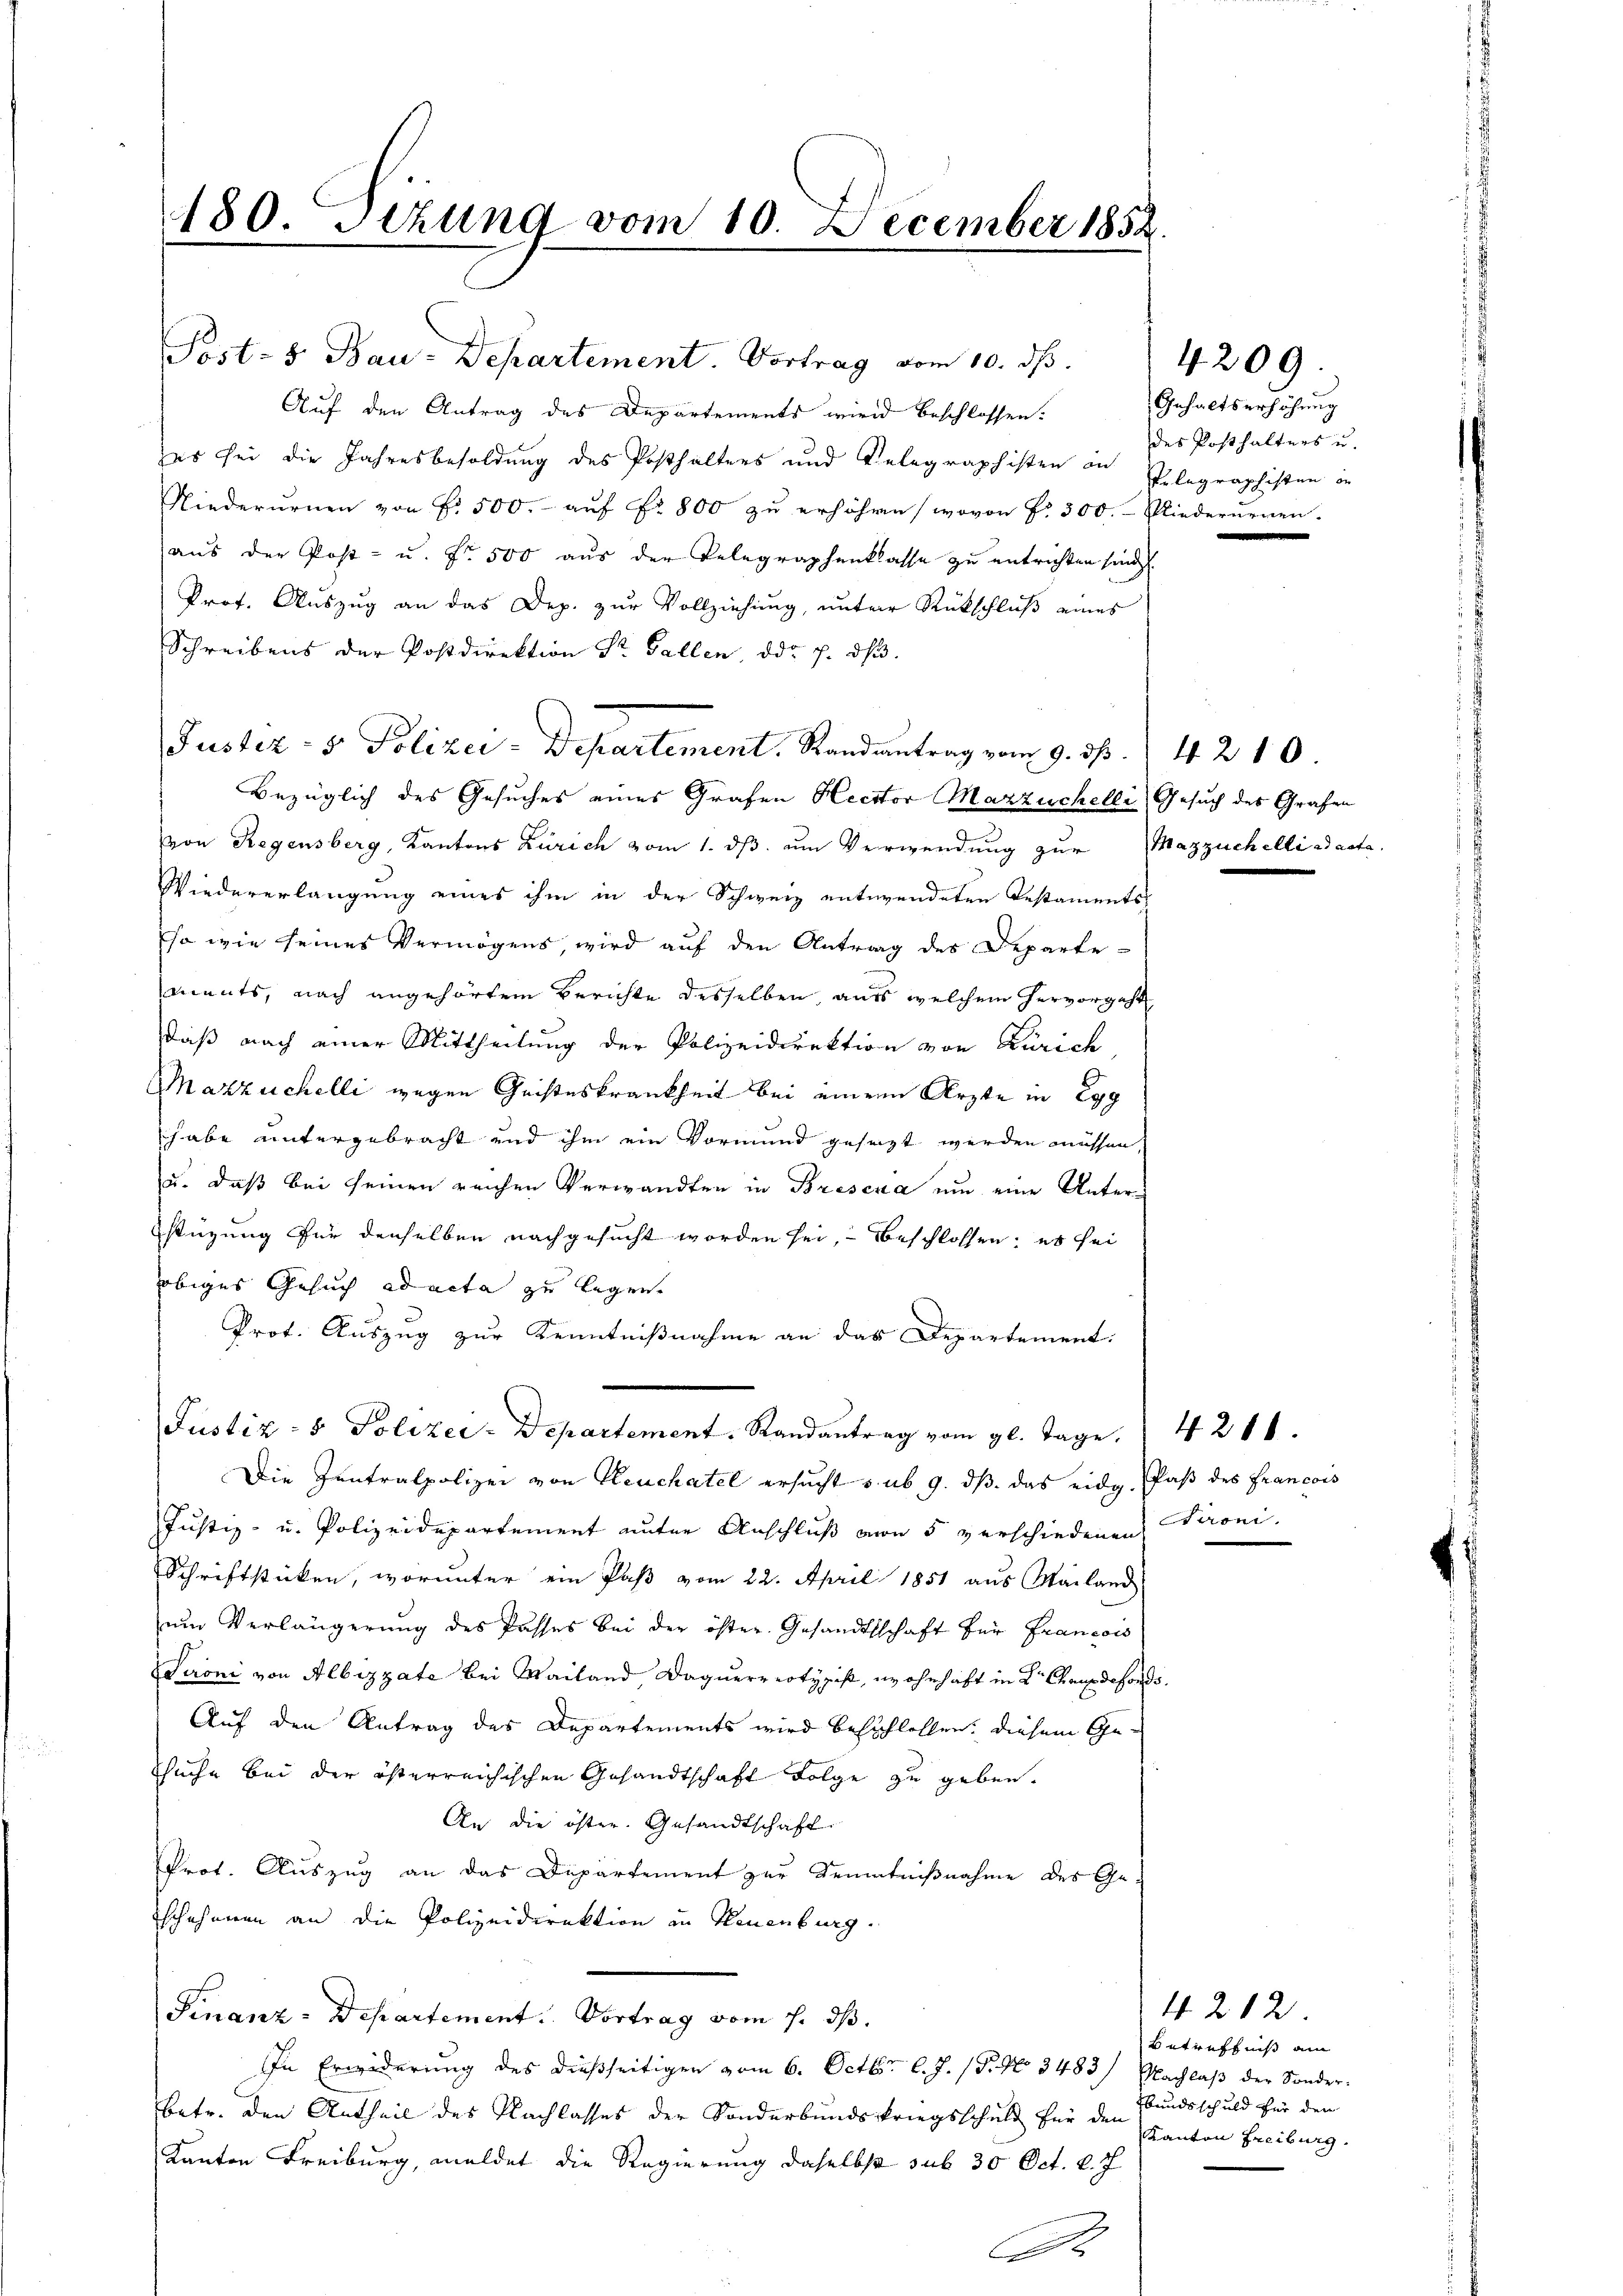
180. Sezung vom 10. December 1852.

Auf den Antrag des Departements wird beschlossen:
es sei die Jahresbesoldung des Posthalters und Telegraphisten in Pelegraphisten in
Niederurnen von f. 500. auf Fr. 800 zu erhöhen, wovon Fr. 300. Niederneuen.
aŭs der Post- u. fr. 500 aŭs der Telegraphenklasse zŭ entrichten sind.
Prof. Auszug an das Dep. zur Vollziehung, unter Rückschluß eines
Schreibens der Postdirektion Sr. Gallen, ddr 7. dβ.
Bezüglich des Gesuches eines Grafen Rector Mazzuchelli, Gesuch des Grafen
von Regensberg, Kantons Zürich vom 1. dß um Verwendung zur Mazzuchelli ad acta
Wiedererlangung eines ihm in der Schweiz entwendeten Restaments
Eso wie seines Vermögens, wird auf den Antrag des Departements, nach angehörtem Berichte desselben aus welchem hervorgeht
daß nach einer Mittheilung der Polizeidirektion von Zürich
Mazzüchelli wegen Geisteskrankheit bei einem Arzte in Egg
habe untergebracht und ihm ein Vormund gesagt werden müssen,
u. daß bei seinen reichen Verwandten in Bresena um eine Unterstüzung für denselben nachgesucht worden sei, beschlossen; es sei
obiges Gesuch ad acta zu legen.
Prot. Auszug zur Kenntnißnahme an das Departement.
Justiz- & Polizei-Departement. Randantrag vom gl. Tage.
Die Zentralpolizei von Neuchâtel ersucht sub 9. dβ das eidg. Paß des Francois
Justiz- u. Polizeidepartement unter Anschluß von 5 verschiedenen Pironi
Schriftstücken, worunter ein Paß vom 22. April 1851 aus Mailand
ŭm Verlängerŭng des Passes bei der öfter Gesandtschaft für Francois
Seoni von Albizzate bei Wailand Daquerreotypist, wohnhaft in Dr Chrudefonds.
Auf den Antrag des Departements wird beschlossen, diesem Ge¬
Suche bei der österreichischen Gesandtschaft Folge zu geben.
An die öster. Gesandtschaft.
Prot. Auszug an das Departement zur Kenntnißnahme des Ge¬
Eschehenen an die Polizeidirektion in Neuenburg.
Finanz-Departement. Vortrag vom 1. ds.
In Erwiderung des dießseitigen vom 6. Octbr. l. J. (T. No 3483/ Nachlaβ der Sonder-
betr. den Antheil des Nachlasses der Sonderbundskriegsschuld für den
Kanton Freiburg, meldet die Regierung daselbst sub 30 Oct. l. J

Justiz- & Polizei-Departement, Randantrag vom 9. ds.

Post- & Bau-Departement. Vortrag vom 10. ds.

A

Gehaltserhöhung
des Posthalters u.

4210.

4209.

4200.

4212
Betreffniß am
Ebundsschuld für den
Kanton Freiburg.